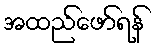
အထည်ဖော်ရန်